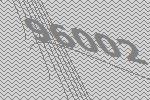
96002